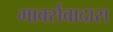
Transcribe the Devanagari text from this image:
मार्क्सवादास